Document type: Acquittal of debt
Year: 1424
Scribe: Francesc de Casanoves
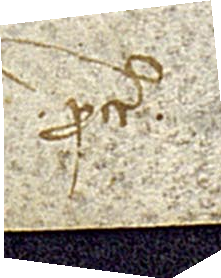
Probata. ᑕlausum traditum.